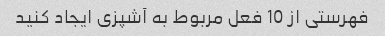
فهرستی از 10 فعل مربوط به آشپزی ایجاد کنید